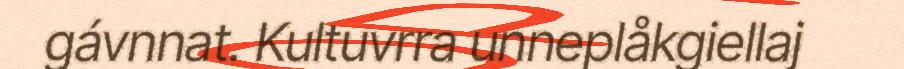
gávnnat. Kultuvrra unneplåkgiellaj